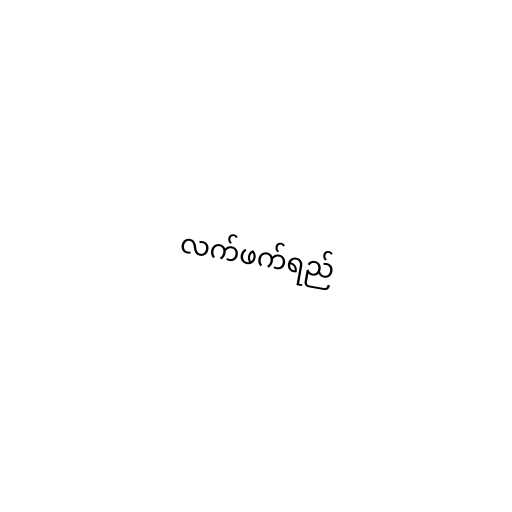
လက်ဖက်ရည်